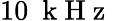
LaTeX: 10~\mathrm{~k~H~z~}